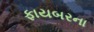
ફાયબરના